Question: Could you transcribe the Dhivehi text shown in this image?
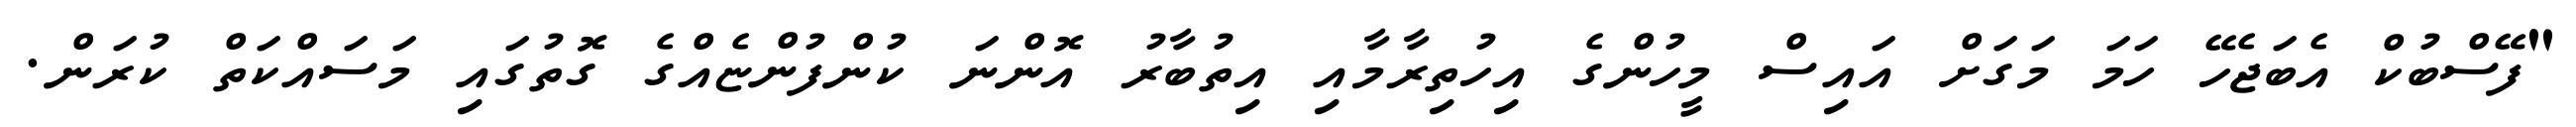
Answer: "ފޭސްބުކް އެބަޖެހޭ ހަމަ މަގަށް އައިސް މީހުންގެ އިހުތިރާމާއި އިތުބާރު އޮންނަ ކުންފުންޏެއްގެ ގޮތުގައި މަސައްކަތް ކުރަން.